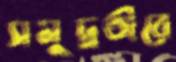
সমুদ্রতীরে